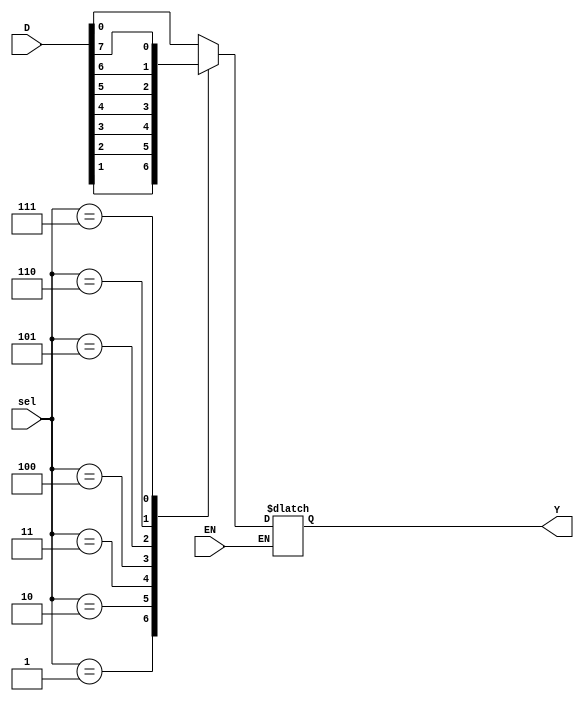
/* multiplexer 8 to 1 */

module mux8to1_b(D, sel, EN, Y);
    input   [7:0]   D;
    input   [2:0]   sel;
    input           EN;
    output  reg     Y;
    
    always@(D or sel or EN) begin
        if (EN == 1'b1) begin
            case (sel)
                3'b000: Y = D[0];
                3'b001: Y = D[1];
                3'b010: Y = D[2];
                3'b011: Y = D[3];
                3'b100: Y = D[4];
                3'b101: Y = D[5];
                3'b110: Y = D[6];
                3'b111: Y = D[7];
            endcase
        end
    end 
endmodule